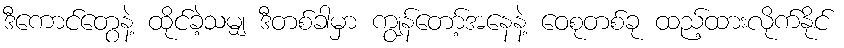
ဒီကောင်တွေနဲ့ ထိုင်ခဲ့သမျှ ဒီတစ်ခါမှာ ကျွန်တော့်အနေနဲ့ ဝေစုတစ်ခု ထည့်ထားလိုက်နိုင်